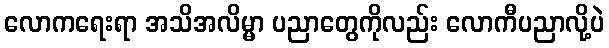
လောကရေးရာ အသိအလိမ္မာ ပညာတွေကိုလည်း လောကီပညာလို့ပဲ